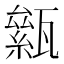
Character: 𤮎